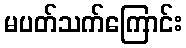
မပတ်သက်ကြောင်း